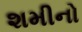
શમીનો